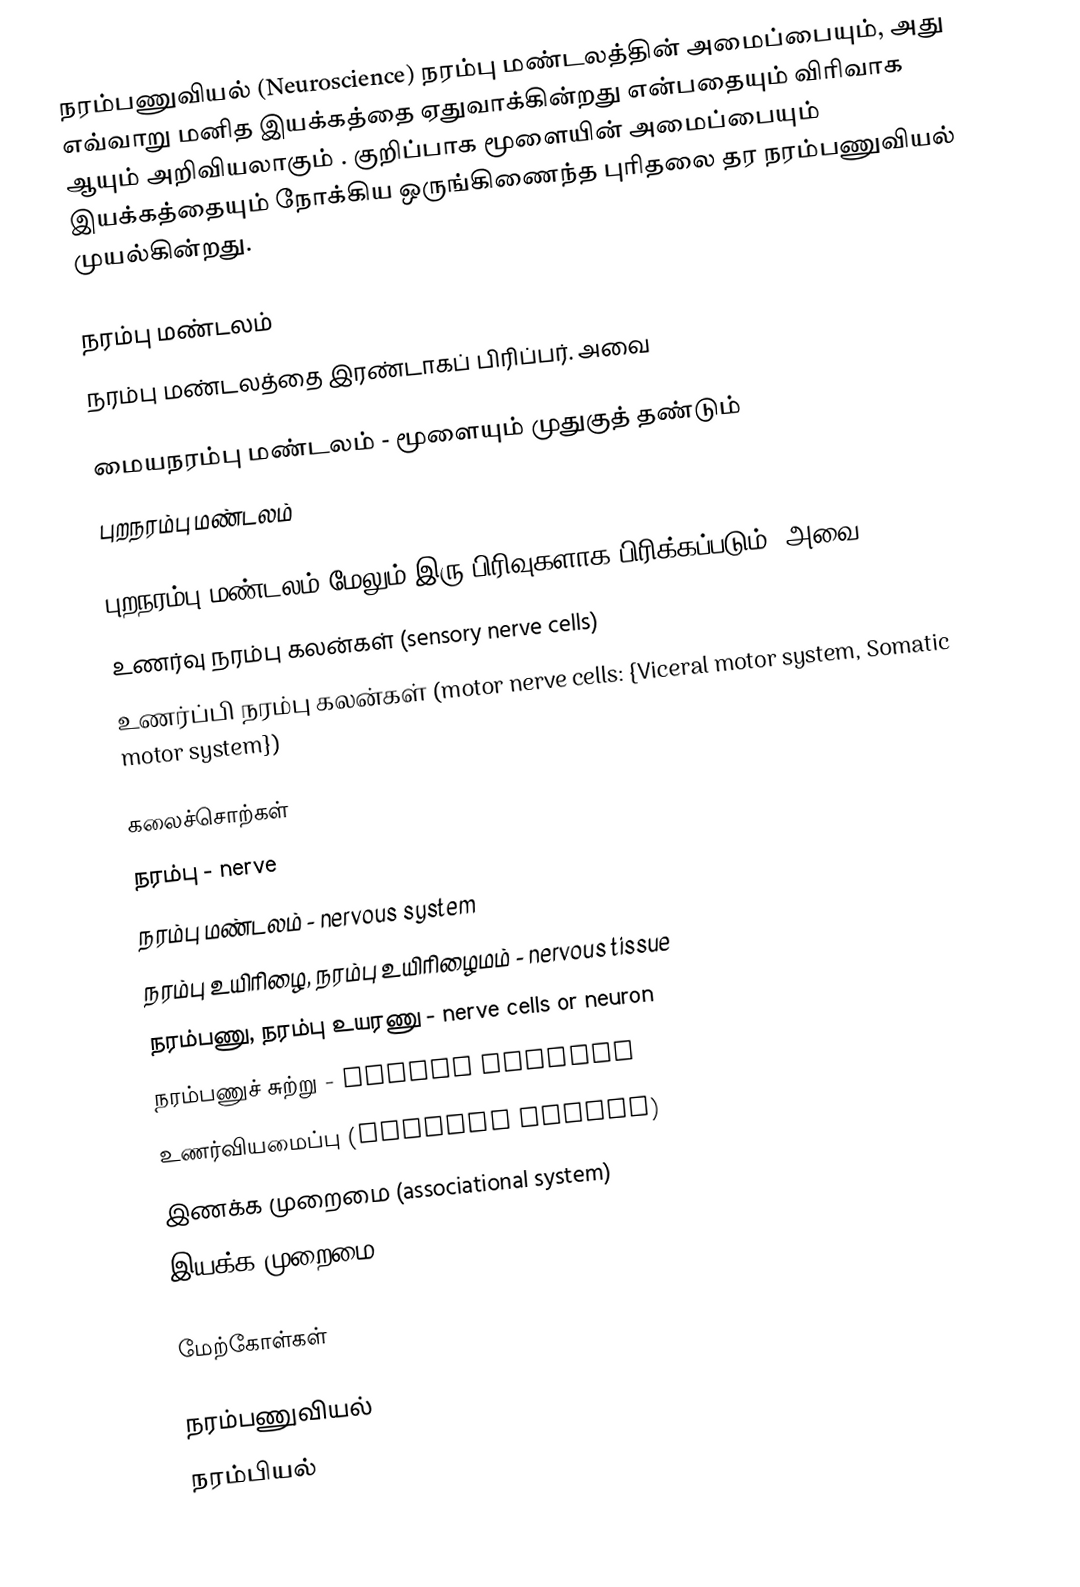
நரம்பணுவியல் (Neuroscience) நரம்பு மண்டலத்தின் அமைப்பையும், அது எவ்வாறு மனித இயக்கத்தை ஏதுவாக்கின்றது என்பதையும் விரிவாக ஆயும் அறிவியலாகும் .  குறிப்பாக மூளையின் அமைப்பையும் இயக்கத்தையும் நோக்கிய ஒருங்கிணைந்த புரிதலை தர நரம்பணுவியல் முயல்கின்றது.

நரம்பு மண்டலம்
நரம்பு மண்டலத்தை இரண்டாகப் பிரிப்பர்.  அவை

 மையநரம்பு மண்டலம் -  மூளையும் முதுகுத் தண்டும்
 புறநரம்பு மண்டலம்

புறநரம்பு மண்டலம் மேலும் இரு பிரிவுகளாக பிரிக்கப்படும்.  அவை
 உணர்வு நரம்பு கலன்கள் (sensory nerve cells)
 உணர்ப்பி நரம்பு கலன்கள் (motor nerve cells: {Viceral motor system, Somatic motor system})

கலைச்சொற்கள்
 நரம்பு - nerve
 நரம்பு மண்டலம் - nervous system
 நரம்பு உயிரிழை, நரம்பு உயிரிழைமம் - nervous tissue
 நரம்பணு, நரம்பு உயரணு - nerve cells or neuron
 நரம்பணுச் சுற்று - neural circuit
 உணர்வியமைப்பு (sensory system)
 இணக்க முறைமை (associational system)
 இயக்க முறைமை (motor system)

மேற்கோள்கள்

நரம்பணுவியல்
நரம்பியல்